Indian Civil Veterinary Department memoirs
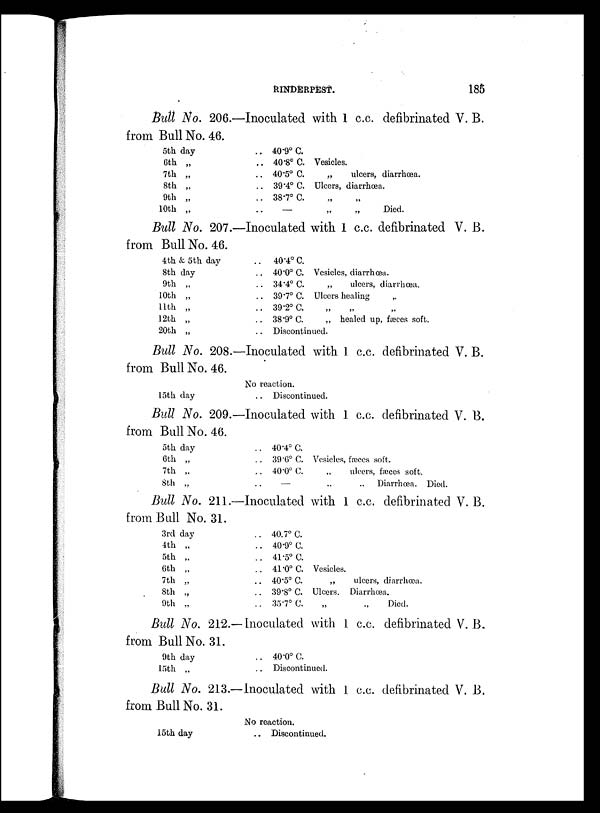
RINDERPEST.
185
Bull No. 206.—Inoculated with 1 c.c. defibrinated V. B.
from Bull No. 46.
5th day
6th „
7th „
8th „
9th „
10th „
.. 40.9º C.
.. 40.8º C. Vesicles.
.. 40.5º C.
„
ulcers, diarrhœa.
.. 39.4º C. Ulcers, diarrhœa.
.. 38.7º C. „ „
.. —
„
„
Died.
Bull No. 207.—Inoculated with 1 c.c. defibrinated V. B.
from Bull No. 46.
4th & 5th day
8th day
9th „
10th „
11th „
12th „
20th „
..
40.4º C.
.. 40.0º C. Vesicles, diarrhœa.
.. 34.4º C.
„
ulcers, diarrhœa.
.. 39.7º C. Ulcers healing
.. 39.2º C. „ „ „
.. 38.9º C.
„ healed up, fæces soft.
.. Discontinued.
Bull No. 208.—Inoculated with 1 c.c. defibrinated V. B.
from Bull No. 46.
15th day
No reaction.
.. Discontinued.
Bull No. 209.—Inoculated with 1 c.c. defibrinated V. B.
from Bull No. 46.
5th day
6th „
7th „
8th „
.. 40.4º C.
.. 39.6º C. Vesicles, fæces soft.
.. 40.0º C.
„
ulcers, fæces soft.
.. —
..
.. Diarrhœa. Died.
Bull No. 211.—Inoculated with 1 c.c. defibrinated V. B.
from Bull No. 31.
3rd day
4th „
5th „
6th „
7th „
8th „
9th „
.. 40.7º C.
.. 40.9º C.
.. 41.5º C.
.. 41.0º C. Vesicles.
.. 40.5º C.
„
ulcers, diarrhœa.
.. 39.8º C. Ulcers. Diarrhœa.
.. 35.7º C.
„
„
Died.
Bull No. 212.—Inoculated with 1 c.c. defibrinated V. B.
from Bull No. 31.
9th day
15th „
.. 40.0º C.
.. Discontinued.
Bull No. 213.—Inoculated with 1 c.c. defibrinated V. B.
from Bull No. 31.
15th day
No reaction.
.. Discontinued.